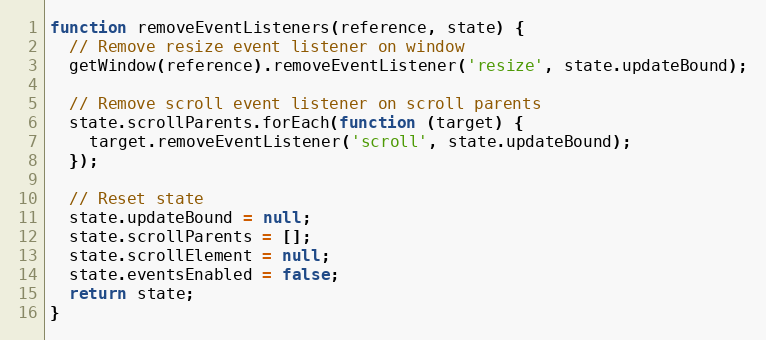
Language: JavaScript
function removeEventListeners(reference, state) {
  // Remove resize event listener on window
  getWindow(reference).removeEventListener('resize', state.updateBound);

  // Remove scroll event listener on scroll parents
  state.scrollParents.forEach(function (target) {
    target.removeEventListener('scroll', state.updateBound);
  });

  // Reset state
  state.updateBound = null;
  state.scrollParents = [];
  state.scrollElement = null;
  state.eventsEnabled = false;
  return state;
}